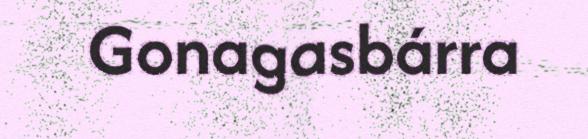
Gonagasbárra